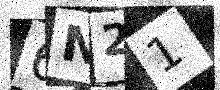
Text: 6N21